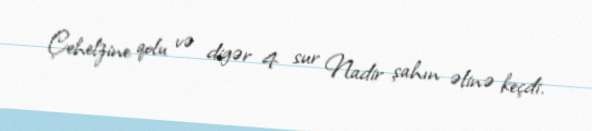
Çehelzine qolu və digər 4 sur Nadir şahın əlinə keçdi.